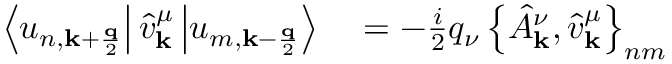
\begin{array} { r l } { \left\langle u _ { n , \mathbf { k } + \frac { \mathbf { q } } { 2 } } \right\vert \hat { v } _ { \mathbf { k } } ^ { \mu } \left\vert u _ { m , \mathbf { k } - \frac { \mathbf { q } } { 2 } } \right\rangle } & { { } = - \frac { i } { 2 } q _ { \nu } \left\{ \hat { A } _ { \mathbf { k } } ^ { \nu } , \hat { v } _ { \mathbf { k } } ^ { \mu } \right\} _ { n m } } \end{array}